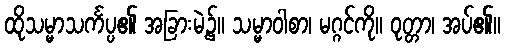
ထိုသမ္မာသင်္ကပ္ပ၏ အခြားမဲ့၌။ သမ္မာဝါစာ၊ မဂ္ဂင်ကို။ ဝုတ္တာ၊ အပ်၏။